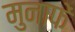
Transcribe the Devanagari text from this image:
मुनाफें